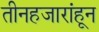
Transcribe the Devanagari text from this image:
तीनहजारांहून